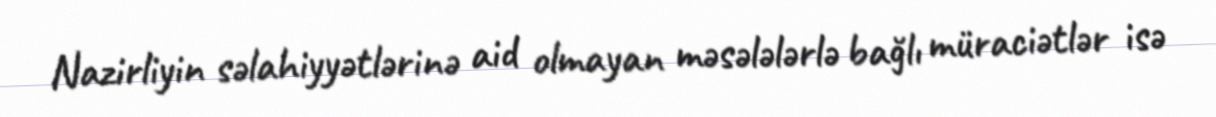
Nazirliyin səlahiyyətlərinə aid olmayan məsələlərlə bağlı müraciətlər isə